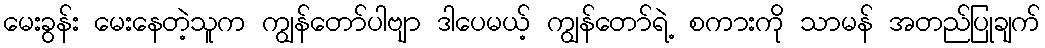
မေးခွန်း မေးနေတဲ့သူက ကျွန်တော်ပါဗျာ ဒါပေမယ့် ကျွန်တော်ရဲ့ စကားကို သာမန် အတည်ပြုချက်